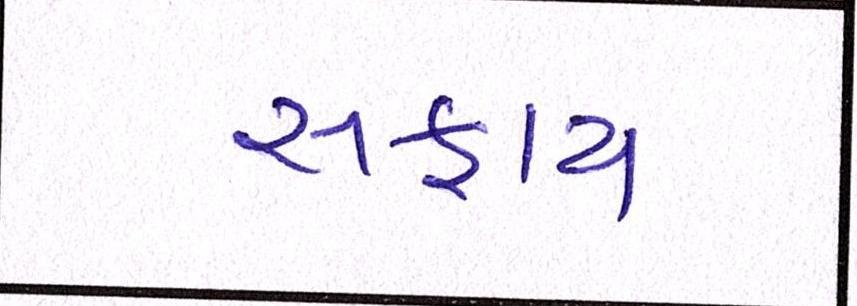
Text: સફાય